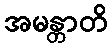
အမန္တာတိ